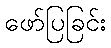
ဖော်ပြခြင်း